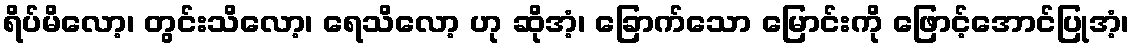
ရိပ်မိလော့၊ တွင်းသိလော့၊ ရေသိလော့ ဟု ဆိုအံ့၊ ခြောက်သော မြောင်းကို ဖြောင့်အောင်ပြုအံ့၊